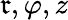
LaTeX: \mathfrak{r},\varphi,z